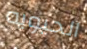
الحيويه